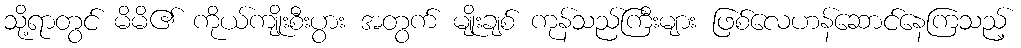
သို့ရာတွင် မိမိ၏ ကိုယ်ကျိုးစီးပွား အတွက် မျိုးချစ် ကုန်သည်ကြီးများ ဖြစ်လေဟန်ဆောင်နေကြသည့်